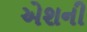
એશની